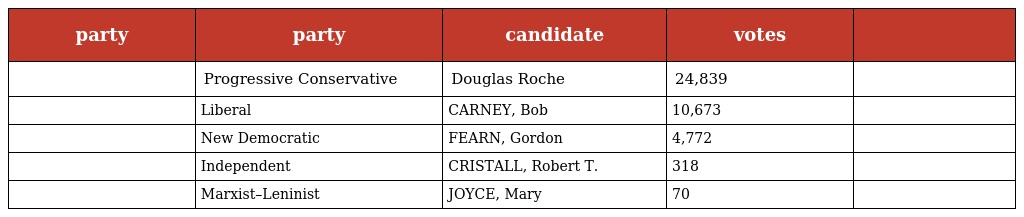
| party | party | candidate | votes |  |
 | --- | --- | --- | --- | --- |
 |  | Progressive Conservative | Douglas Roche | 24,839 |  |
 |  | Liberal | CARNEY, Bob | 10,673 |  |
 |  | New Democratic | FEARN, Gordon | 4,772 |  |
 |  | Independent | CRISTALL, Robert T. | 318 |  |
 |  | Marxist–Leninist | JOYCE, Mary | 70 |  |